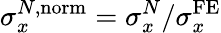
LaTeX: \sigma_{x}^{N,\mathrm{norm}}=\sigma_{x}^{N}/\sigma_{x}^{\mathrm{FE}}